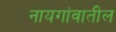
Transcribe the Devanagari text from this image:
नायगांवातील